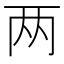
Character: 两